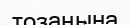
тозаңына